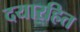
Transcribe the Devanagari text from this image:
दयारहित